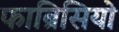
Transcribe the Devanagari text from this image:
फाब्रिसियो